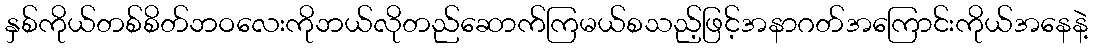
နှစ်ကိုယ်တစ်စိတ်ဘဝလေးကိုဘယ်လိုတည်ဆောက်ကြမယ်စသည့်ဖြင့်အနာဂတ်အကြောင်းကိုယ်အနေနဲ့